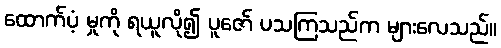
ထောက်ပံ့ မှုကို ရယူလို၍ ပူဇော် ပသကြသည်က များလေသည်။